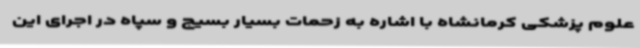
علوم پزشکی کرمانشاه با اشاره به زحمات بسیار بسیج و سپاه در اجرای این